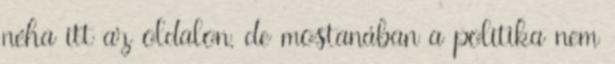
néha itt az oldalon, de mostanában a politika nem